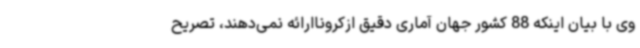
وی با بیان اینکه 88 کشور جهان آماری دقیق ازکروناارائه نمی‌دهند، تصریح